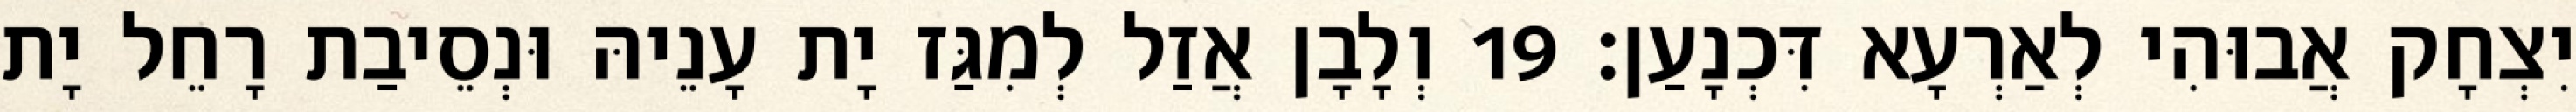
יִצְחָק אֲבוּהִי לְאַרְעָא דִּכְנָעַן׃ 19 וְלָבָן אֲזַל לְמִגַּז יָת עָנֵיהּ וּנְסֵיבַת רָחֵל יָת